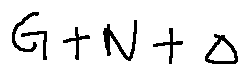
G + N + \Delta